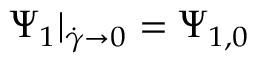
\Psi _ { 1 } | _ { \dot { \gamma } \to 0 } = \Psi _ { 1 , 0 }